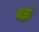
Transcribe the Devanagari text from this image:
बळं